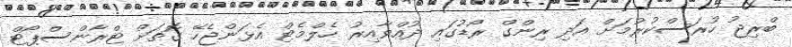
ބްރިޖު ހުރަސްކުރުމަށް އަދި ރިންގް ރޯޑުގައި ދުއްވާއިރު ހެލްމެޓް އެޅަންޖެހޭ ގޮތަށް ޓްރާންސްޕޯޓް